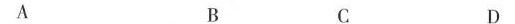
A B C D